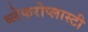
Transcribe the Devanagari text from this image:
ब्लेफरोप्लास्टी